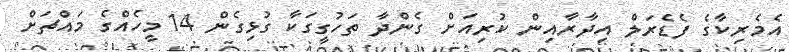
އެމެރިކާގެ ފެޑެރަލް އިދާރާއިން ކުރިއަށް ގެންދާ ތަހުގީގަކާ ގުޅިގެން 14 މީހެއްގެ މައްޗަށް